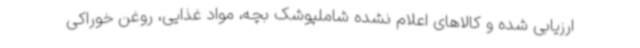
ارزیابی شده و کالاهای اعلام نشده شاملپوشک بچه، مواد غذایی، روغن خوراکی